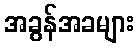
အခွန်အခများ